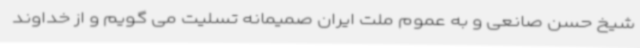
شیخ حسن صانعی و به عموم ملت ایران صمیمانه تسلیت می گویم و از خداوند